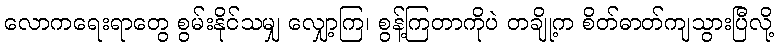
လောကရေးရာတွေ စွမ်းနိုင်သမျှ လျှော့ကြ၊ စွန့်ကြတာကိုပဲ တချို့က စိတ်ဓာတ်ကျသွားပြီလို့